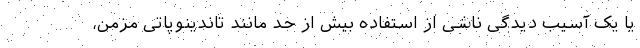
یا یک آسیب دیدگی ناشی از استفاده بیش از حد مانند تاندینوپاتی مزمن،